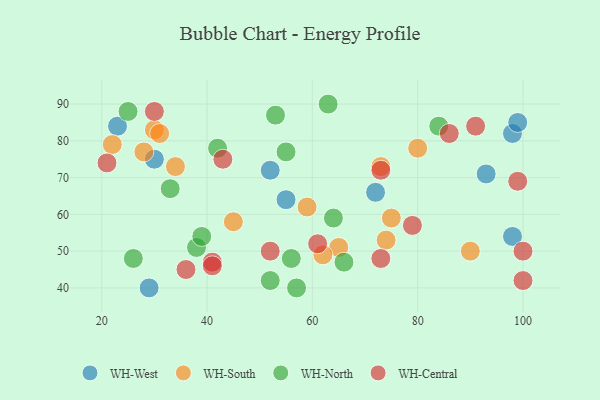
{"axis": {"x": "GDP", "y": "Life Expectancy"}, "legend": ["WH-Central", "WH-North", "WH-South", "WH-West"], "data": [{"x": "72", "y": 66, "type": "WH-West"}, {"x": "52", "y": 72, "type": "WH-West"}, {"x": "55", "y": 64, "type": "WH-West"}, {"x": "98", "y": 82, "type": "WH-West"}, {"x": "99", "y": 85, "type": "WH-West"}, {"x": "29", "y": 40, "type": "WH-West"}, {"x": "23", "y": 84, "type": "WH-West"}, {"x": "98", "y": 54, "type": "WH-West"}, {"x": "93", "y": 71, "type": "WH-West"}, {"x": "30", "y": 75, "type": "WH-West"}, {"x": "30", "y": 83, "type": "WH-South"}, {"x": "65", "y": 51, "type": "WH-South"}, {"x": "74", "y": 53, "type": "WH-South"}, {"x": "31", "y": 82, "type": "WH-South"}, {"x": "90", "y": 50, "type": "WH-South"}, {"x": "73", "y": 73, "type": "WH-South"}, {"x": "62", "y": 49, "type": "WH-South"}, {"x": "22", "y": 79, "type": "WH-South"}, {"x": "80", "y": 78, "type": "WH-South"}, {"x": "45", "y": 58, "type": "WH-South"}, {"x": "28", "y": 77, "type": "WH-South"}, {"x": "34", "y": 73, "type": "WH-South"}, {"x": "59", "y": 62, "type": "WH-South"}, {"x": "75", "y": 59, "type": "WH-South"}, {"x": "33", "y": 67, "type": "WH-North"}, {"x": "57", "y": 40, "type": "WH-North"}, {"x": "55", "y": 77, "type": "WH-North"}, {"x": "56", "y": 48, "type": "WH-North"}, {"x": "25", "y": 88, "type": "WH-North"}, {"x": "66", "y": 47, "type": "WH-North"}, {"x": "53", "y": 87, "type": "WH-North"}, {"x": "84", "y": 84, "type": "WH-North"}, {"x": "26", "y": 48, "type": "WH-North"}, {"x": "64", "y": 59, "type": "WH-North"}, {"x": "38", "y": 51, "type": "WH-North"}, {"x": "52", "y": 42, "type": "WH-North"}, {"x": "39", "y": 54, "type": "WH-North"}, {"x": "63", "y": 90, "type": "WH-North"}, {"x": "42", "y": 78, "type": "WH-North"}, {"x": "61", "y": 52, "type": "WH-Central"}, {"x": "99", "y": 69, "type": "WH-Central"}, {"x": "41", "y": 47, "type": "WH-Central"}, {"x": "30", "y": 88, "type": "WH-Central"}, {"x": "21", "y": 74, "type": "WH-Central"}, {"x": "43", "y": 75, "type": "WH-Central"}, {"x": "52", "y": 50, "type": "WH-Central"}, {"x": "86", "y": 82, "type": "WH-Central"}, {"x": "36", "y": 45, "type": "WH-Central"}, {"x": "73", "y": 72, "type": "WH-Central"}, {"x": "79", "y": 57, "type": "WH-Central"}, {"x": "91", "y": 84, "type": "WH-Central"}, {"x": "100", "y": 42, "type": "WH-Central"}, {"x": "100", "y": 50, "type": "WH-Central"}, {"x": "41", "y": 46, "type": "WH-Central"}, {"x": "73", "y": 48, "type": "WH-Central"}]}